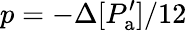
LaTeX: {p=-\Delta[P_{\mathrm{a}}^{\prime}]/12}